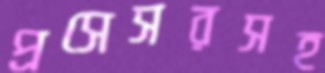
প্রসেসরসহ